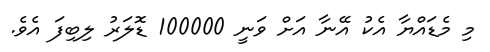
މި މެޑައްޔާ އެކު އޭނާ އަށް ވަނީ 100000 ޑޮލަރު ލިބިފަ އެވެ.